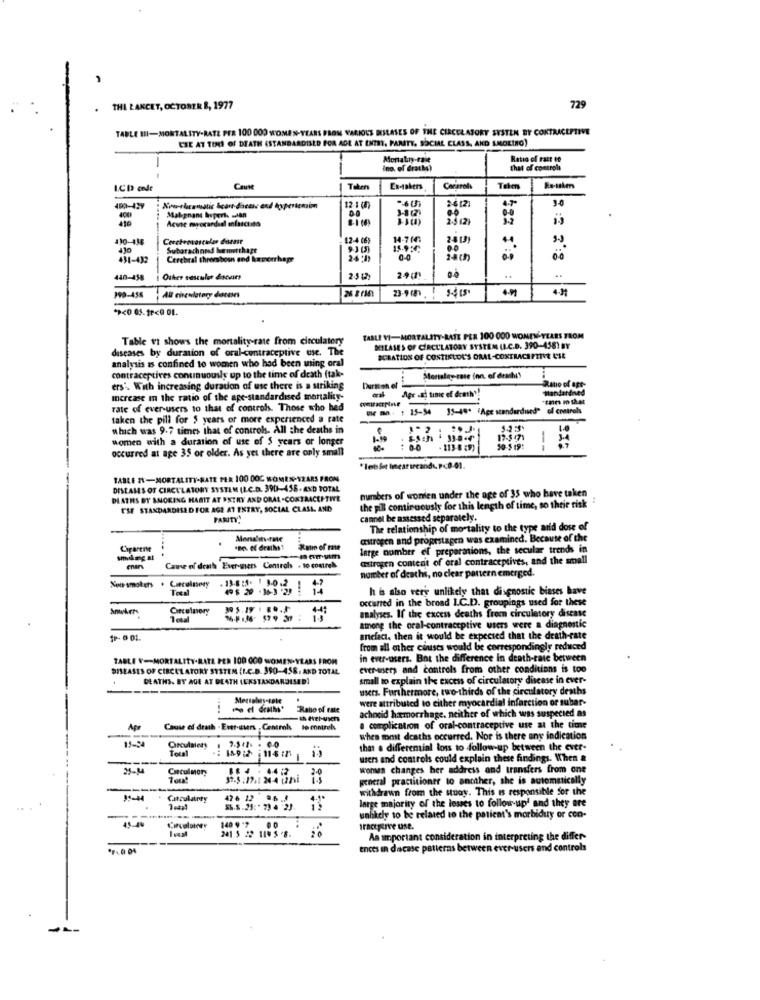
THE LANCET, OCTOBER 8, 1977
729
TABLE HI-MORTALITY-RATE PER 100 000 WOMEN-YEARS FROM VARIOUS BUSLASES OF THE CIRCULATORY SUSTEN BY CONTRACEPTIVE
CHE AT TIMES OF DEATH (STANDARDISED FOR ADE AT ENTRY, PARITY. SOCIAL CLASS, AND AMORINO)
Montatay-tale
Ratio of Fact co
ino. of drathe)
that of controls
I.CD cnde
CauMe
En-takers
Corarols
En-takers
400-457
12-1 (8)
416
Malignant hopert. Jan
Acvse mwecardad misscinta
110-438
12-4 06
24 1
Subarachnoad hemetthage
11.95℃
431-432
Cerebral thrombosns and hemorrhage
24:19
0-0
..
440-458
Other sasculet donvars
190-458
Al circulatory datens
23-9 187
Table vi shows the mortality rate from circulatory
TABLI VI-MORTALITY-BATE PER 100 000 WONEN YEARS FROM
diseases by duration of oral-contraceptive use.
MILASES OF CIRCULATORY SYSTEM UL.C.D. 390-4581 BY
ICRATIOS OF COSTISLOU'S ORAL-CONTRACEPTIVE USE
analysis as confined to women who had been using oral
contraceptives continuously up to the time of death (tak-
Morislay-zase inn, of draMuy
Ratio of opt-
ers'. With increasing duration of use there is a striking
Durfte el
Age .då time ef dcathy!
tandardned
Increase in the ratio of the ape-standardised mortality-
rate of ever-users to that of control. Those who hed
ule ma .. : 15-54 35-49* "Age standardused"
of controls
taken the pill for $ years or more experienced a rate
which was 9.7 times that of control- All the deaths in
women with a duration of use of $ years or longer
17-5 471
1
occurred at age 35 or older. As yet there are only small
: 00
. 113-8 :9)
50-$ 19:
TABLE RE-MORTALITY-BATE PER 100 00C WOMEN-YEARS FRON
DISEASES OF CIRCULATORY SYSTEM (I.C.D. 390-458-4XD TOTAL
numbers of wonien under the age of 35 who have taken
DEATHS BY SNORING HABIT AT ESTRY AND ORAL-CONTRACEPTIVE
THE STANDARDISED FOR AGE AT ENTRY, SOCIAL CLASI AND
the pill continuously for this length of time, so their tisk
PANITY
cannel be assessed separately.
The relationship of mortality to the type arid dose of
.
citrogen and propestagen was examined. Because of the
Ciparente
large number of preparations, the secular trends in
smoking at
astregen content of oral contraceptives, and the small
Came of death Ever-ners Controls . to comrel
number of deaths, no clear pantern emerged.
Non-smokers . Circulatory
. 19.8 :5. 1 1.0.2
h is also very unlikely that diagnostic biases have
occurred in the broad I.C.D. groupings used for these
Circulatory
1 cual
malyses. If the excess deaths frem circuletory disease
among the oral-contraceptive users were a diagnostic
anefact, then it would be expected that the death-rate
from all other cinusts would be correspondingly reduced
TABLE V-MORTALITY-RATE PER 100 000 WOMEN-YEARS FROM
in ever-users. Bat the difference In death-rate between
DISEASES OF CIRCULATORY SYSTEM (L.C.D. 350-458. AND TOTAL
ever users and controls from other conditions is too
DEATHS. BY AGE AT DEATH (ENSTANDARDISED)
small to explain the excess of circulatory disease in ever-
users. Furthermore, two-thirds of the circulatory deaths
were attributed to either myocardial infarction or subar-
Rabo of Fate
achocid hemorrhage, neither of which was suspected as
Cause of death . Entr-users , Controls
. complication of oral-contraceptive use at the time
-
whes somt deaths occurred. Nor is there any indication
15-94
Circulatory
Total
.: 189:2 114 :5
that a differemial loss to follow-up between the ever-
wiers and controls could explain these findings. When &
Circulmor,
wonws changes her address and transfers from one
general practitioner to another, she is automatically
withdrawn from the study. This is responsible for the
14-44
Catsulatory
42 6 12
S.S .25: " 7) 4 2)
large majority of the losses to follow up' and they are
-
unlikely to be related to the patient's morbiduy or con-
45-44
140 9 "7
241 5 22 11. 5.8.
Iracterve use.
Aa important consideration in interpreting the differ-
ences in dacase patterns between ever-users and controls